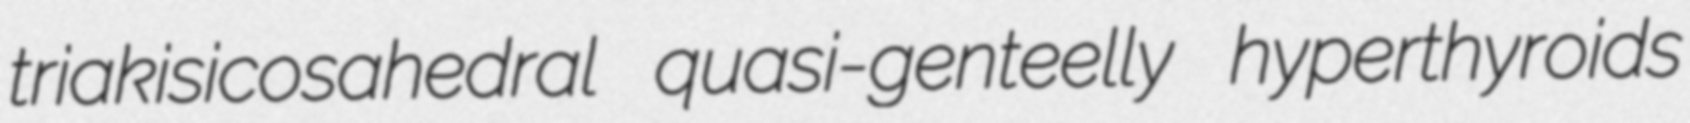
triakisicosahedral quasi-genteelly hyperthyroids